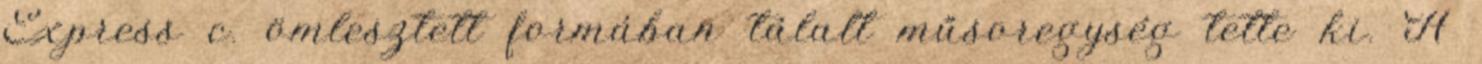
Express c. ömlesztett formában tálalt műsoregység tette ki. A